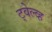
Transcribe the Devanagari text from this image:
ट्वेल्व्ह